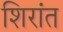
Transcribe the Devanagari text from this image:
शिरांत